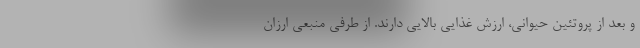
و بعد از پروتئین حیوانی، ارزش غذایی بالایی دارند. از طرفی منبعی ارزان